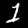
Digit: 1